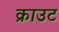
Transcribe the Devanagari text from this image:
क्राउट